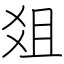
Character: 爼